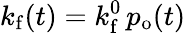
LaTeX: k_{\mathrm{f}}(t)=k_{\mathrm{f}}^{0}\, p_{\mathrm{o}}(t)